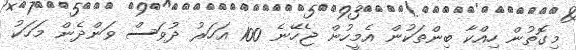
މިގޮތުން ހިއްކާ ބިންތަކުން އެމީހުން ޖެހޭނެ 100 އަހަރު ދުވަސް ވަންދެން މަހަކު